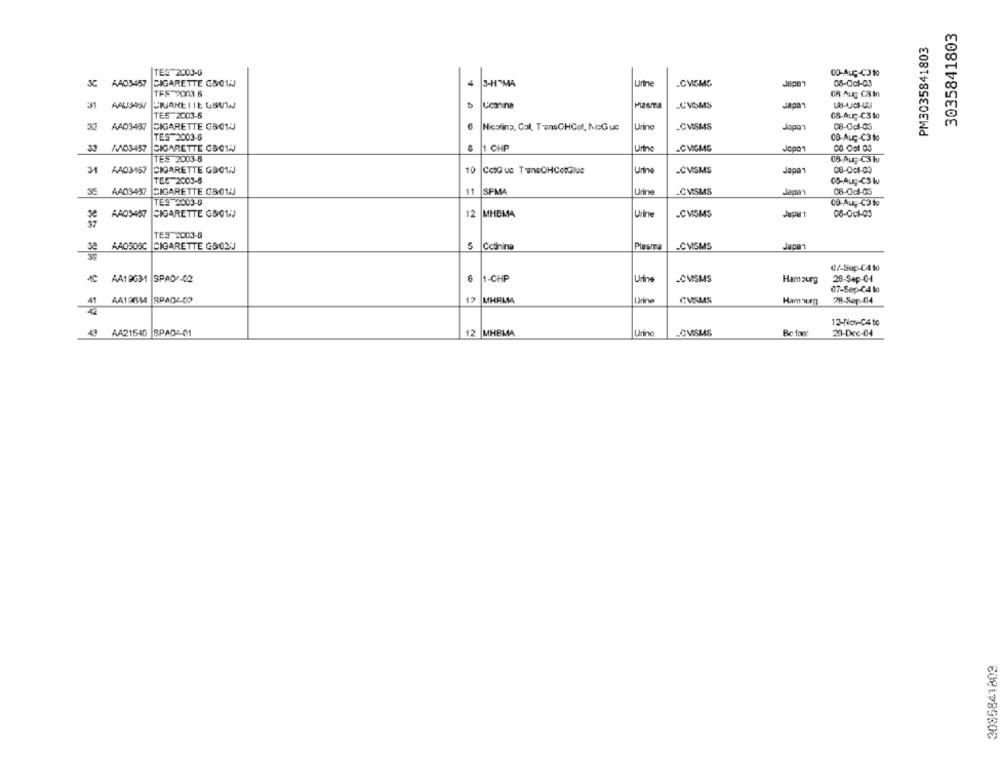
3035841803
PM3035841803
TES 2003-0
00-AuC-C310
3C
AAD3457 CIGARETTE GROWN
3-H"MA
Urine
.CVSMS
Jepen
08-0c1-03
TFS 2003 6
OR Aug C3In
231
AAUSSOY CIGARETTE USUTA
MESTA
CVSMS
Japan
TES 2003-6
08-Au -- C3 10
33
AAD3487
CIGARETTE G8012
Nicolina, Col, T-ansCHCot, NisGus
Urine
-CVISMS
Japo
08-0cl-03
TES 2003-6
08-Aug -C3 10
W/03457 SIGARETTE GS01W
1 CHP
Unne
-CMGMS
TES 2003-8
08-Aug-C3 lu
-CVISMS
31
AA03467 CIGARETTE G901;
10
CetQue TanoOHCotGlue
Urine
Japan
08-001-03
TEE-2003-6
08-Aug-CS lu
35
AA03437 CIGARETTE C&012
11
SPMA
Urine
_CVISMS
Japan
08-0cl-03
TES 2003-6
08-Aug -C3 to
AAD3487
CIGARETTE GSOTH
12
MHEM4
Urine
.CVSMS
08-001-03
37
TES 2003-6
se
AA0506C CIGARETTE GROW
5
Cotnina
Plasma
_CVSMS
Japa"
39
07-Sep-C410
1C
AA19631 SPAD -02
6
1-CHP
Urine
.CVISMS
Hamburg
28-Sep-04
07-Sep-C410
12
MHRMA
41
AA19634 SPA04-02
Larine
CMSMS
Ham se
28-Sep-04
12-Nov-C4 to
AA21540 SPAD: M
12 MHBMA
Urine
CMSMS
Re fos
20-Dec-04
2085841809